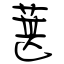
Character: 葚